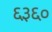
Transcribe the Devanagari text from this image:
६३६०